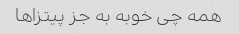
همه چی خوبه به جز پیتزاها